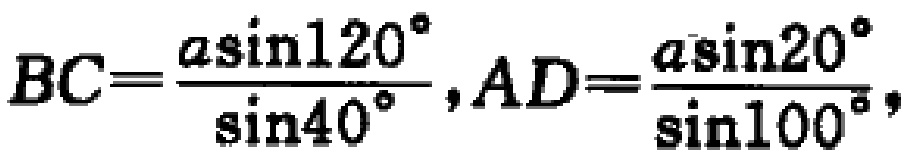
\(BC=\frac{a\sin120^{\circ}}{\sin40^{\circ}},AD=\frac{a\sin20^{\circ}}{\sin100^{\circ}}\)